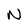
Character: N